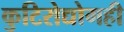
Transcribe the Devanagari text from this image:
कुटिरोद्योगही